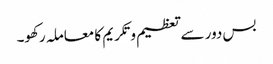
بس دور سے تعظیم و تکریم کا معاملہ رکھو۔